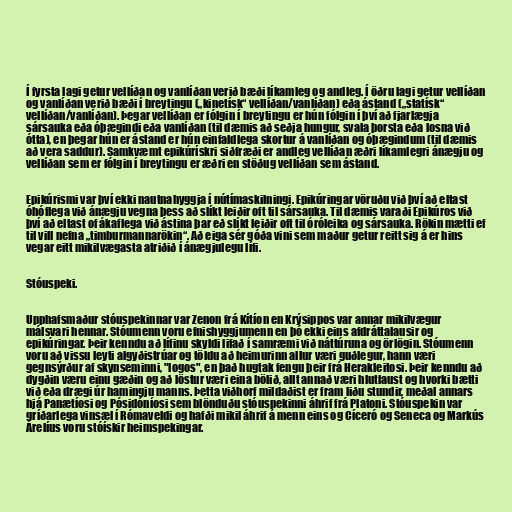
Í fyrsta lagi getur vellíðan og vanlíðan verið bæði líkamleg og andleg. Í öðru lagi getur vellíðan
og vanlíðan verið bæði í breytingu („kinetísk“ vellíðan/vanlíðan) eða ástand („statísk“
vellíðan/vanlíðan). Þegar vellíðan er fólgin í breytingu er hún fólgin í því að fjarlægja
sársauka eða óþægindi eða vanlíðan (til dæmis að seðja hungur, svala þorsta eða losna við
ótta), en þegar hún er ástand er hún einfaldlega skortur á vanlíðan og óþægindum (til dæmis
að vera saddur). Samkvæmt epikúrískri siðfræði er andleg vellíðan æðri líkamlegri ánægju og
vellíðan sem er fólgin í breytingu er æðri en stöðug vellíðan sem ástand.

Epikúrismi var því ekki nautnahyggja í nútímaskilningi. Epikúringar vöruðu við því að eltast
óhóflega við ánægju vegna þess að slíkt leiðir oft til sársauka. Til dæmis varaði Epikúros við
því að eltast of ákaflega við ástina þar eð slíkt leiðir oft til óróleika og sársauka. Rökin mætti ef
til vill nefna „timburmannarökin“. Að eiga sér góða vini sem maður getur reitt sig á er hins
vegar eitt mikilvægasta atriðið í ánægjulegu lífi.

Stóuspeki.

Upphafsmaður stóuspekinnar var Zenon frá Kítíon en Krýsippos var annar mikilvægur
málsvari hennar. Stóumenn voru efnishyggjumenn en þó ekki eins afdráttalausir og
epikúringar. Þeir kenndu að lífinu skyldi lifað í samræmi við náttúruna og örlögin. Stóumenn
voru að vissu leyti algyðistrúar og töldu að heimurinn allur væri guðlegur, hann væri
gegnsýrður af skynseminni, "logos", en það hugtak fengu þeir frá Herakleitosi. Þeir kenndu að
dygðin væru einu gæðin og að löstur væri eina bölið, allt annað væri hlutlaust og hvorki bætti
við eða drægi úr hamingju manns. Þetta viðhorf mildaðist er fram liðu stundir, meðal annars
hjá Panætíosi og Pósidóníosi sem blönduðu stóuspekinni áhrif frá Platoni. Stóuspekin var
gríðarlega vinsæl í Rómaveldi og hafði mikil áhrif á menn eins og Cíceró og Seneca og Markús
Árelíus voru stóískir heimspekingar.